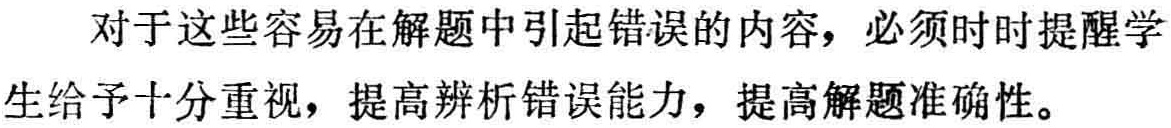
对于这些容易在解题中引起错误的内容，必须时时提醒学生给予十分重视，提高辨析错误能力，提高解题准确性。